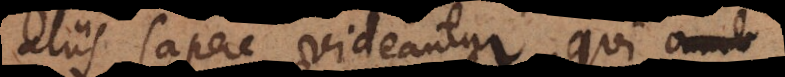
aliis sapere videantur, qui